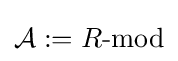
{\mathcal {A}}:=R{\text{-mod}}